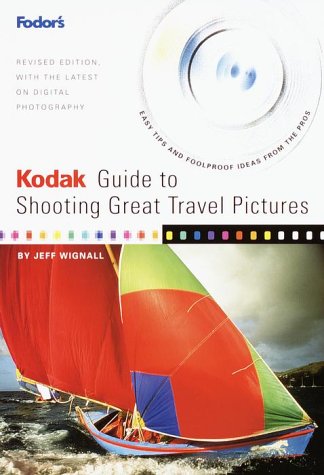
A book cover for Kodak Guide to Shooting Great Travel Pictures : The Most Authoritative Guide to Travel Photography for Vacationers; Jeff Wignall; Travel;